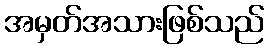
အမှတ်အသားဖြစ်သည်